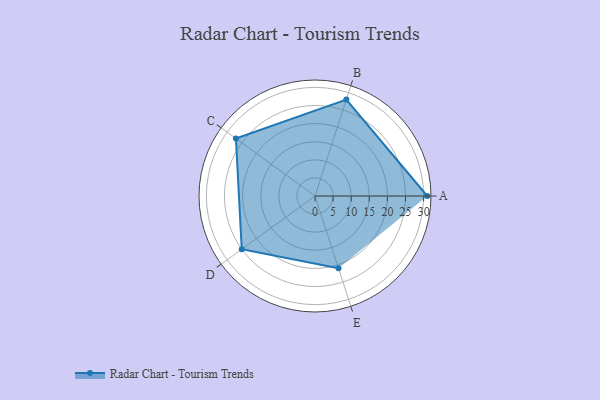
{"axis": {"x": "Skill", "y": "Score"}, "legend": ["Profile"], "data": [{"x": "A", "y": 31.0, "type": "Profile"}, {"x": "B", "y": 28.0, "type": "Profile"}, {"x": "C", "y": 27.0, "type": "Profile"}, {"x": "D", "y": 25.0, "type": "Profile"}, {"x": "E", "y": 21.0, "type": "Profile"}]}